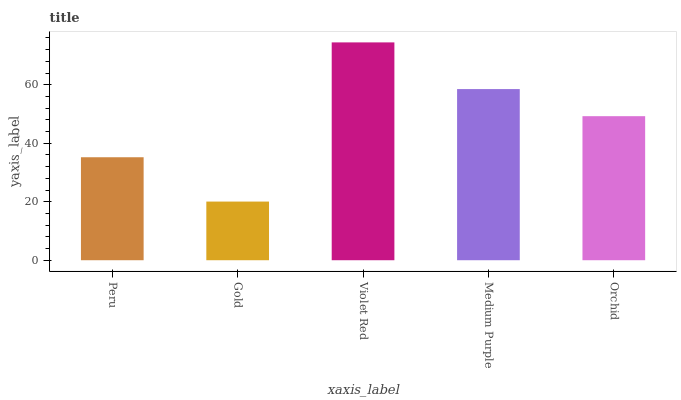
| xaxis_label | bars |
 | --- | --- |
 | Peru | 35.2 |
 | Gold | 20.1 |
 | Violet Red | 74.5 |
 | Medium Purple | 58.5 |
 | Orchid | 49.2 |